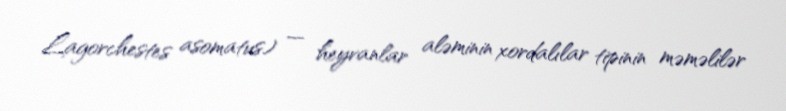
Lagorchestes asomatus) — heyvanlar aləminin xordalılar tipinin məməlilər